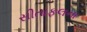
સીતાફલના